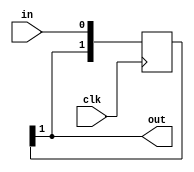
module pipeline_19 (
    input clk,
    input in,
    output reg out
  );
  
  localparam DEPTH = 2'h2;
  
  
  reg [1:0] M_pipe_d, M_pipe_q = 1'h0;
  
  integer i;
  
  always @* begin
    M_pipe_d = M_pipe_q;
    
    M_pipe_d[0+0-:1] = in;
    out = M_pipe_q[1+0-:1];
    for (i = 1'h1; i < 2'h2; i = i + 1) begin
      M_pipe_d[(i)*1+0-:1] = M_pipe_q[(i - 1'h1)*1+0-:1];
    end
  end
  
  always @(posedge clk) begin
    M_pipe_q <= M_pipe_d;
  end
  
endmodule